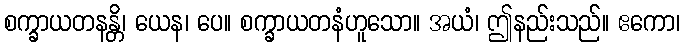
စက္ခာယတနန္တိ၊ ယေန၊ ပေ။ စက္ခာယတနံဟူသော။ အယံ၊ ဤနည်းသည်။ ဧကော၊